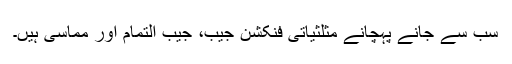
سب سے جانے پہچانے مثلثیاتی فنکشن جیب، جیب التمام اور مماسی ہیں۔